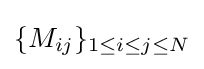
\{M_{ij}\}_{1\leq i\leq j\leq N}